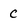
Character: c